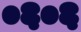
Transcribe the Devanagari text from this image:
०६०६